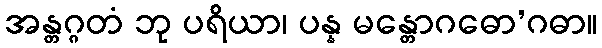
အန္တဂ္ဂတံ ဘု ပရိယာ၊ ပန္န မန္တောဂဓော’ဂဓာ။